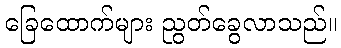
ခြေထောက်များ ညွတ်ခွေလာသည်။